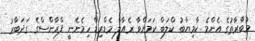
މުބާރާތުގެ އެންމެ ކާމިޔާބު ކްލަބް ކަމަށްވާ ރެެއާލް މެޑްރިޑް ހިމެނެނީ ފްރާންސްގެ ގަދަބާރު